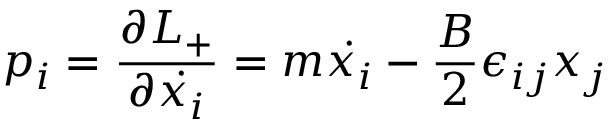
p _ { i } = \frac { \partial { \cal L } _ { + } } { \partial { \dot { x _ { i } } } } = m { \dot { x _ { i } } } - \frac { B } { 2 } \epsilon _ { i j } x _ { j }